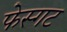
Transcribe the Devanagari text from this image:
फेस्गट